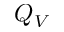
Q _ { V }